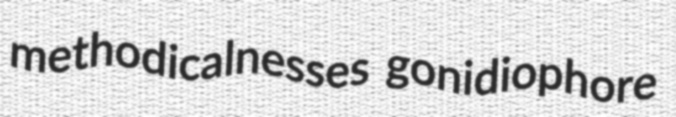
methodicalnesses gonidiophore